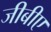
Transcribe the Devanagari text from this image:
जीबीए